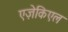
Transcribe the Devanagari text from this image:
एज़ेकिएल